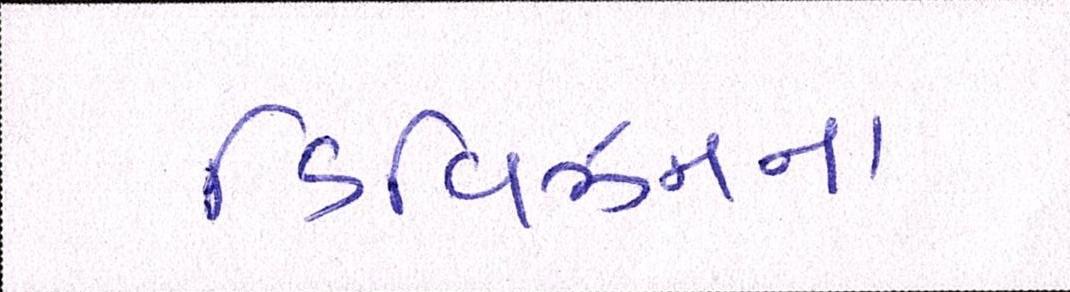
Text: ડિવિઝનના